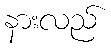
နားလည်